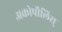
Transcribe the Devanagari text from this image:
अक्रोपौलिस्‌